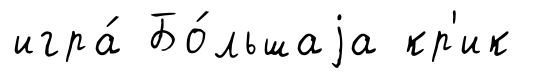
игра́ Бо́льшаjа кр'ик